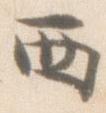
西